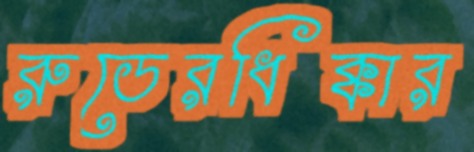
রুডেরধিক্কার